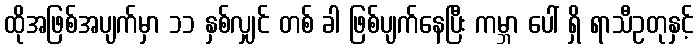
ထိုအဖြစ်အပျက်မှာ ၁၁ နှစ်လျှင် တစ် ခါ ဖြစ်ပျက်နေပြီး ကမ္ဘာ ပေါ် ရှိ ရာသီဥတုနှင့်